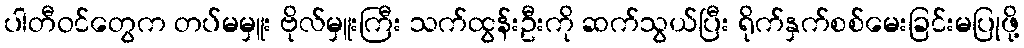
ပါတီဝင်တွေက တပ်မမှူး ဗိုလ်မှူးကြီး သက်ထွန်းဦးကို ဆက်သွယ်ပြီး ရိုက်နှက်စစ်မေးခြင်းမပြုဖို့